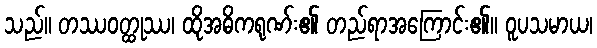
သည်။ တဿဝတ္ထုဿ၊ ထိုအဓိကရုဏ်း၏ တည်ရာအကြောင်း၏။ ဝူပသမာယ၊